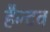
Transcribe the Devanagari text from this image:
हैन्दव